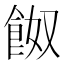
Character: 𩛂